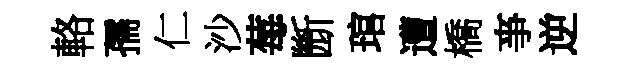
輅孺仁沙莓㫁琯遭橋亊逆